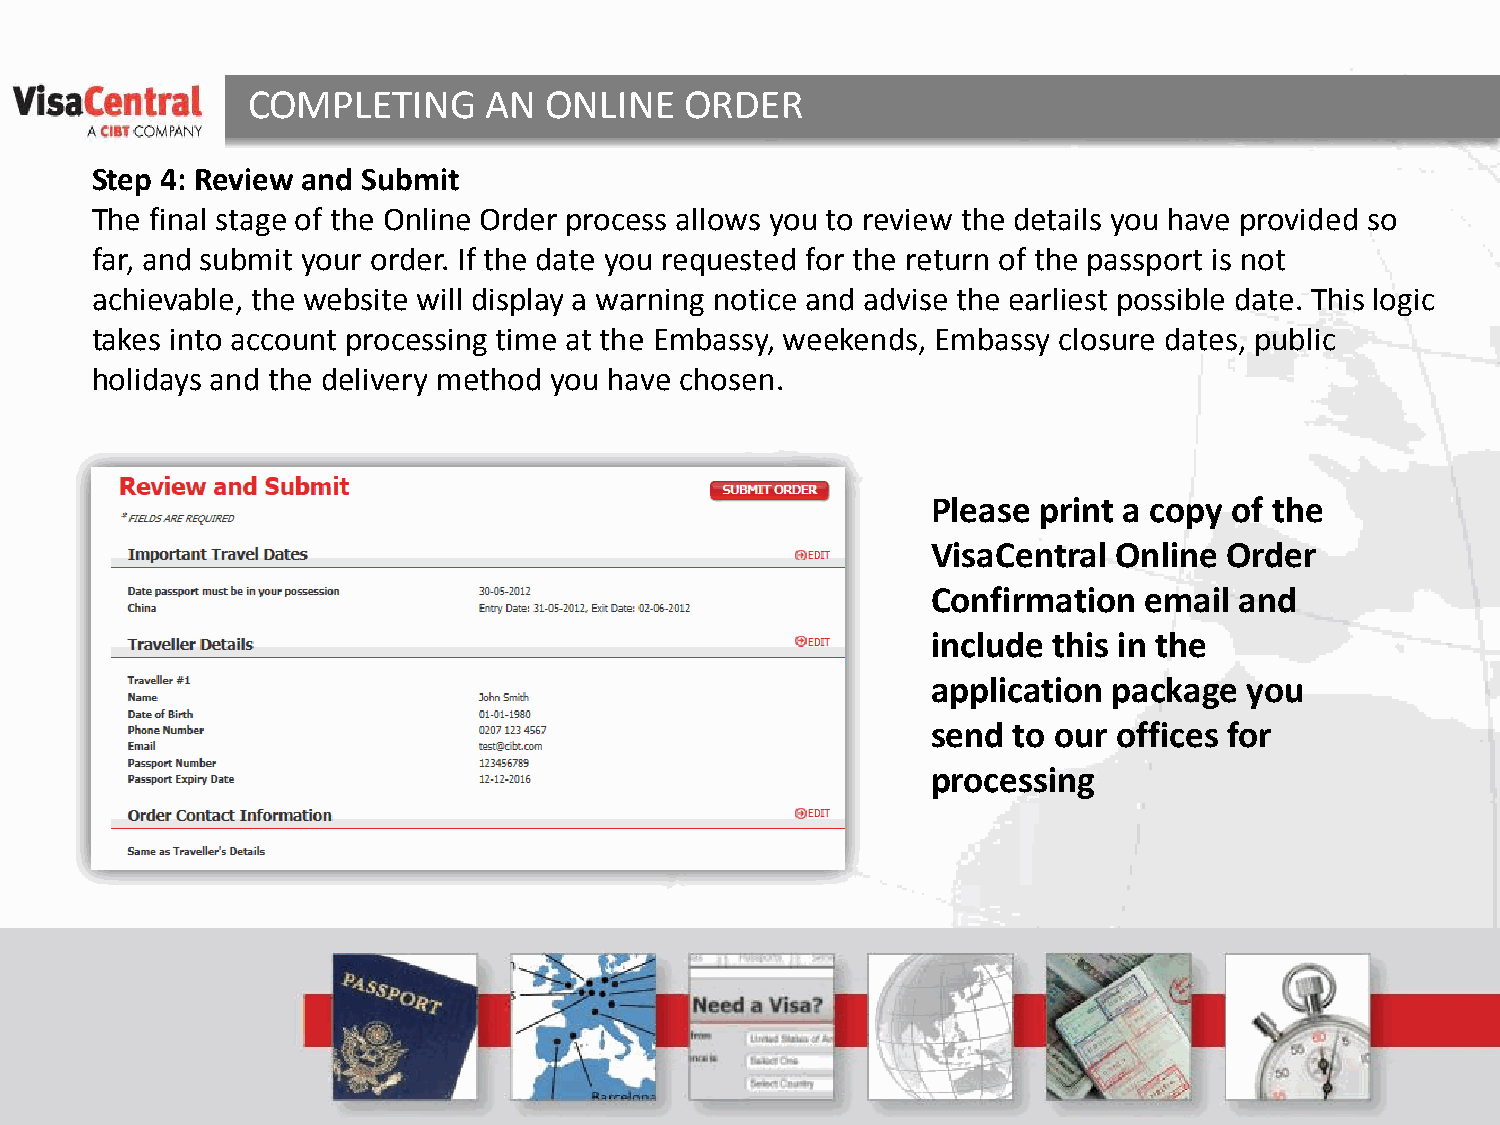
COMPLETING      AN  ONLINE   ORDER
 Step 4: Review and Submit
 The final stage of the Online Order process allows you to review the details you have provided so
 far, and submit your order. If the date you requested for the return of the passport is not
 achievable, the website will display a warning notice and advise the earliest possible date. This logic
 takes into account processing time at the Embassy, weekends, Embassy closure dates, public
 holidays and the delivery method you have chosen.
 Please print a copy of the
 VisaCentral Online Order
 Confirmation  email and
 include this in the
 application package  you
 send to our offices for
 processing